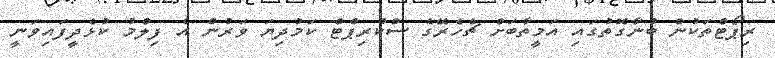
ރިޕޯޓްތަކުން ބުނާގޮތުގައި އަމީތާބަށް ޗެހެރޭގެ ސްކްރިޕްޓް ކަމުދިޔަ ވަރުން އެ ފިލްމު ކުޅެދީފައިވަނީ